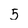
Character: 5